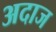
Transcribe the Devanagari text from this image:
अदाज